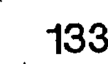
133